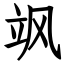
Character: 飒